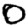
Digit: 0